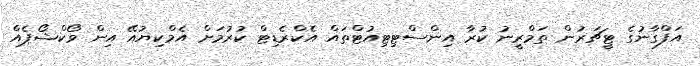
އަފްގާނުގެ ޓީޗަރުން ތަމްރީނު ކުރާ އިންސްޓިޓިއުޓްތައް އެކްރެޑިޓް ކުރުމަށް އެމްކިޔުއޭ އިން ވޯކްޝޯޕެއް